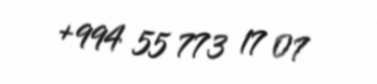
+994 55 773 17 07